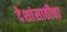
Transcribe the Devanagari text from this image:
देशांसाठीचा